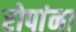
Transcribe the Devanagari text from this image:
रोपांना